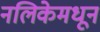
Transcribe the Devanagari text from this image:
नलिकेमधून